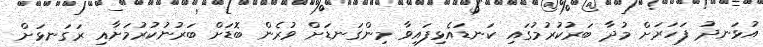
އުޅަނދު ފަހަރަށް މުދާ ބަރުކުރުމުގައި ކަނޑައެޅިފައިވާ މިންގަނޑަށް ވުރެން ބޮޑަށް ބަރުނުކުރުމަށާއި ރަގަނޅަށް